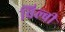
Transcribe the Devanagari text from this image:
विल्बी